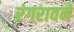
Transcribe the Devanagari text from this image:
रंगरावने